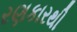
રણકારથી